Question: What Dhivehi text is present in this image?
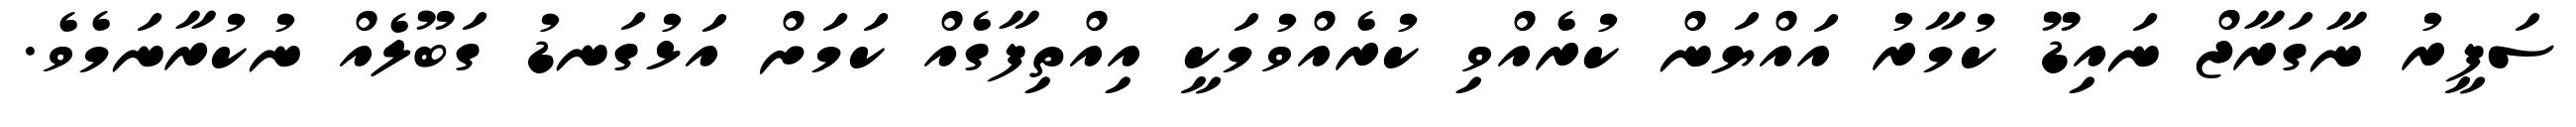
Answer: ސަފީރު ނާގަރާޖް ނައިޑޫ ކުމާރު އައްޔަން ކުރެއްވި ކުރެއްވުމަކީ އިއްތިފާގެއް ކަމަށް އަޅުގަނޑު ގަބޫލެއް ނުކުރާނަމެވެ.